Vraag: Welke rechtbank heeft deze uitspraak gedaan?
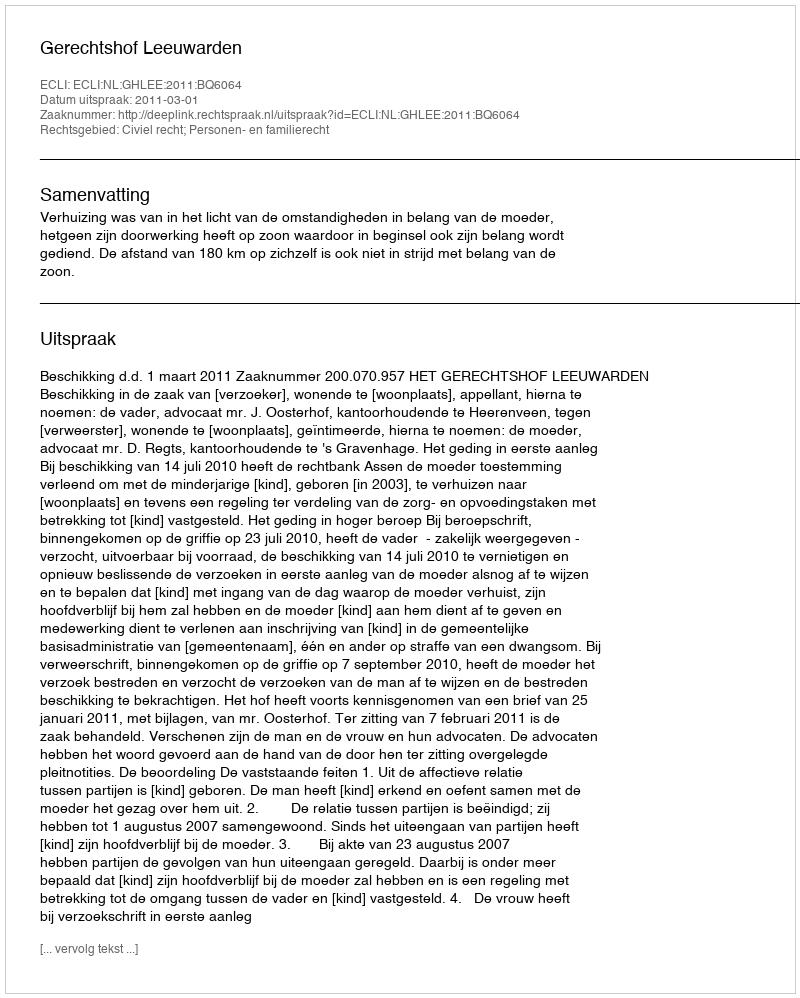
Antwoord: Gerechtshof Leeuwarden